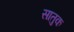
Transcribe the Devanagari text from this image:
सातुक